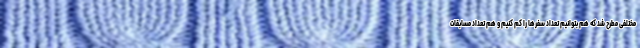
مختلفی مطرح شد که هم بتوانیم تعداد سفرها را کم کنیم و هم تعداد مسابقات